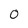
Character: 0